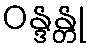
ဝန္ဒန္တု